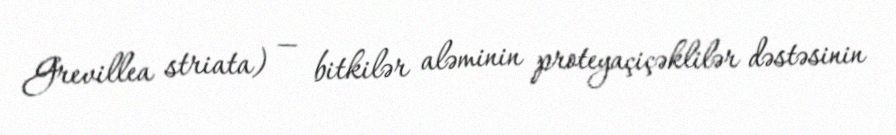
Grevillea striata) — bitkilər aləminin proteyaçiçəklilər dəstəsinin